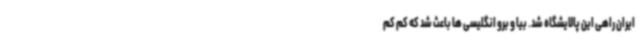
ایران راهی این پالایشگاه شد. بیا و برو انگلیسی ها باعث شد که کم کم